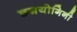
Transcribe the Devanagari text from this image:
छद्मयोगिनी